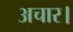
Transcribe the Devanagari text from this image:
अचार।